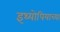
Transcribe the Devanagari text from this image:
इथ्योपियाच्या